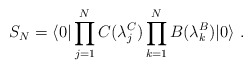
\begin{align*}{S}_N = {\langle 0| \prod_{j=1}^{N} C(\lambda_j^C)\prod_{k=1}^{N}B(\lambda_k^B)|0\rangle}\ .\end{align*}